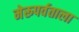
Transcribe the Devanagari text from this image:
मेरूपर्वताला